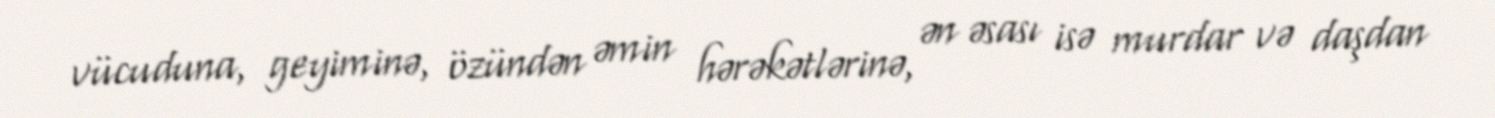
vücuduna, geyiminə, özündən əmin hərəkətlərinə, ən əsası isə murdar və daşdan